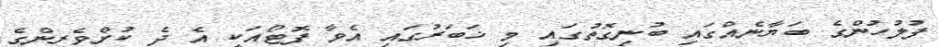
ފުލުހުންގެ ބަޔާނެއްގައި ބުނިގޮތުގައި މި ޚަބަރުގައި އެވާ ފޮޓޯއަކީ އެ ދެ ކުށްވެރިންގެ